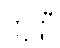
ဣတ္ထီ